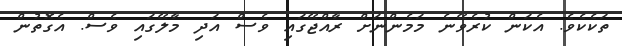
ތަކެކެވެ. އެކަން ކުރެވޭނެ މަމެންނަށް ރާއްޖޭގައި ވެސް އަދި މާލޭގައި ވެސް. އެގޮތުން